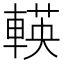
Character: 𨍞